Report of the veterinary officer investigating camel disease
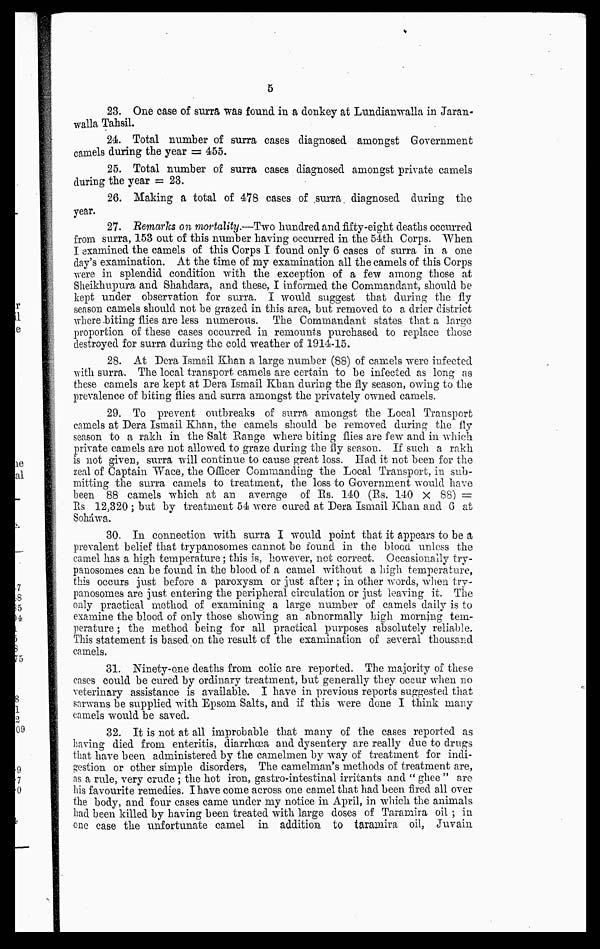
5
23. One case of surra was found in a donkey at
in Jaran-
walla Tahsil.
24. Total number of surra cases diagnosed amongst Government
camels during the year = 455.
25. Total number of surra oases diagnosed amongst private camels
during the year = 23.
26. Making a total of 478 cases of surra diagnosed during the
year.
27. Remarks on mortality.—Two hundred and fifty-eight deaths occurred
from surra, 153 out of this number having occurred in the 54th Corps. When
I examined the camels of this Corps I found only 6 cases of surra in a one
clay's examination. At the time of my examination all the camels of this Corps
were in splendid condition with the exception of a few among those at
Sheikkupura and Shahdara, and these, I informed the Commandant, should be
kept under observation for surra. I would suggest that during the fly
season camels should not be grazed in this area, but removed to a drier district
where biting flies are less numerous. The Commandant states that a large
proportion of these cases occurred in remounts purchased to replace those
destroyed for surra during the cold weather of 1914-15.
28. At Dera Ismail Khan a large number (88) of camels were infected
with surra. The local transport camels are certain to be infected as long as
these camels are kept at Dera Ismail Khan during the fly season, owing to the
prevalence of biting flies and surra amongst the privately owned camels.
29. To prevent outbreaks of surra amongst the Local Transport
camels at Dera Ismail Khan, the camels should be removed during the fly
season to a rakh in the Salt Range where biting flies are few and in which
private camels are not allowed to graze during the fly season. If such a rakh
is not given, surra will continue to cause great loss. Had it not been for the
zeal of Captain Wace, the Officer Commanding the Local Transport, in sub-
mitting the surra camels to treatment, the loss to Government would have
been 88 camels which at an average of Rs. 140 (Rs. 140 × 88) =
Rs 12,320 ; but by treatment 54 were cured at Dera Ismail Khan and 6 at
Sohawa.
30. In connection with surra I would point that it appears to be a
prevalent belief that trypanosomes cannot be found in the blood unless the
camel has a high temperature; this is, however, not correct. Occasionally try-
panosomes can be found in the blood of a camel without a high temperature,
this occurs just before a paroxysm or just after ; in other words, when try-
panosomes are just entering the peripheral circulation or just leaving it. The
only practical method of examining a large number of camels daily is to
examine the blood of only those showing an abnormally high morning tem-
perature ; the method being for all practical purposes absolutely reliable.
This statement is based on the result of the examination of several thousand
camels.
31. Ninety-one deaths from colic are reported. The majority of these
cases could be cured by ordinary treatment, but generally they occur when no
veterinary assistance is available. I have in previous reports suggested that
sarwans be supplied with Epsom Salts, and if this were done I think many
camels would be saved.
32. It is not at all improbable that many of the cases reported as
having died from enteritis, diarrhoea and dysentery are really due to drugs
that have been administered by the camelmen by way of treatment for indi-
gestion or other simple disorders, The camelman's methods of treatment are,
as a rule, very crude ; the hot iron, gastro-intestinal irritants and " ghee " are
his favourite remedies. I have come across one camel that had been fired all over
the body, and four cases came under my notice in April, in which the animals
had been killed by having been treated with large doses of Taramira oil ; in
one case the unfortunate camel in addition to taramira oil, Juvain